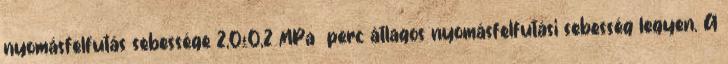
nyomásfelfutás sebessége 2,0±0,2 MPa perc átlagos nyomásfelfutási sebesség legyen. A